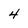
Character: 4